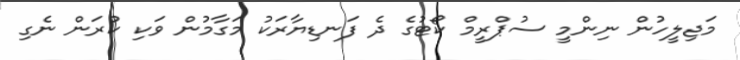
މަޖިލީހުން ނިންމީ ސުޕްރީމް ކޯޓުގެ ދެ ފަނޑިޔާރަކު މަގާމުން ވަކި ކުރަން ނެގި